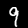
Digit: 9